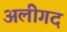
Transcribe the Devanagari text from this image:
अलीगद